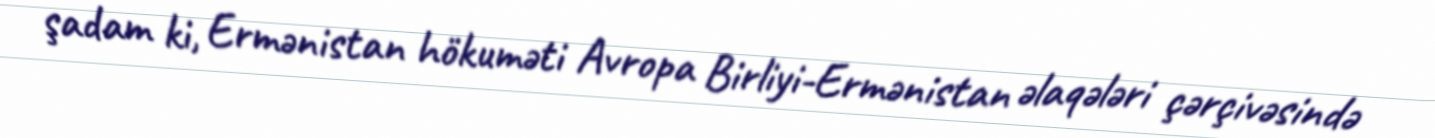
şadam ki, Ermənistan hökuməti Avropa Birliyi-Ermənistan əlaqələri çərçivəsində